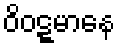
ဝိဝဋ္ဋမာနေ